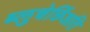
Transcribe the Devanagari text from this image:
ब्लुचेर्छिअति